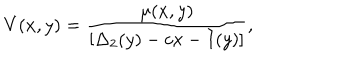
V ( x , y ) = \frac { \mu ( x , y ) } { [ \Delta _ { 2 } ( y ) - c x - I ( y ) ] } ,